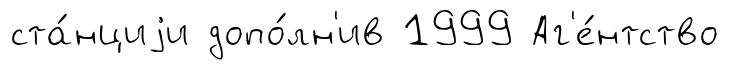
ста́нциjи допо́лн'ив 1999 Аг'е́нтство